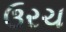
ઉરચ